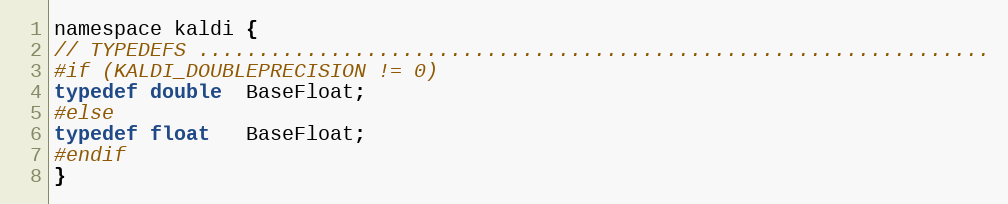
Language: C
namespace kaldi {
// TYPEDEFS ..................................................................
#if (KALDI_DOUBLEPRECISION != 0)
typedef double  BaseFloat;
#else
typedef float   BaseFloat;
#endif
}